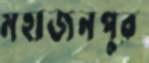
মহাজনপুর